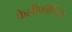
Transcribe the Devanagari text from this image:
कैलीफॉर्निया